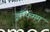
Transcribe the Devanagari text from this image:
इन्फिमम